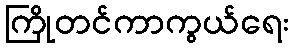
ကြိုတင်ကာကွယ်ရေး